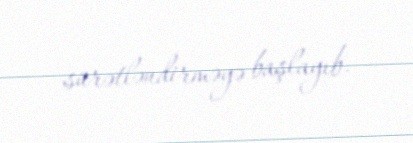
sürətləndirməyə başlayıb.